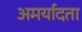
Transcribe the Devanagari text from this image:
अमर्यादता